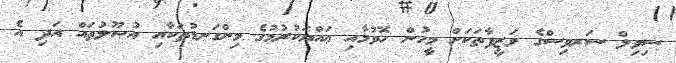
ސިވިލް ސަރވިސްގެ ވަޒީފާތަކަށް މީހުން ހޮވުމާއި ޢައްޔަކުރުމުގެ މިންގަނޑުތަކާއި އުޞޫލުތައް އަދި އެ